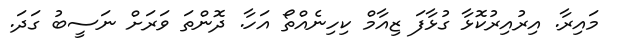
މައިރާ. އިރުއިރުކޮޅާ ގުޅާފަ ޒިއާމް ކިހިނެއްތޯ އަހާ. ދޮންތަ ވަރަށް ނަސީބު ގަދަ.